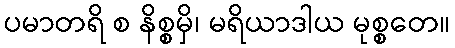
ပမာတရိ စ နိစ္စမှိ၊ မရိယာဒါယ မုစ္စတေ။